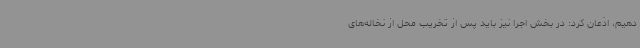
دهیم، اذعان کرد: در بخش اجرا نیز باید پس از تخریب محل از نخاله‌های